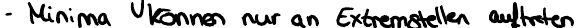
- Minima können nur an Extremstellen auftreten